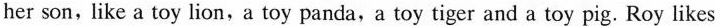
her son,like a toy lion,a toy panda,a toy tiger and a toy pig. Roy likes